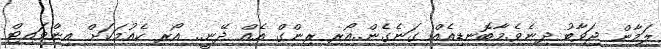
ލަމާން ޖަވާބު ދިނެވެ.މާބޮނޑިއެއް ގަނެގެން..އޯރ ރިންގް އެއް ދޭނީ.. އޯރ ކެއުމަކަށް އިންވައިޓް